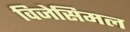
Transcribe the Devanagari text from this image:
विजेसिमल